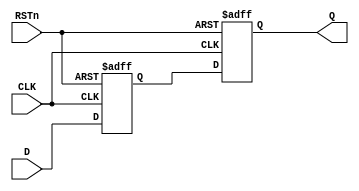
//
module sync2FF#(
	parameter DATAWIDTH = 8
)
(
	input 						    CLK,
	input 						    RSTn,
	input      						D,
	output reg  					Q
);

reg  Q1;

always @(posedge CLK or negedge RSTn) begin
	if (!RSTn) begin
		// reset
		Q  <= 0;
		Q1 <= 0;
	end
	else begin
		Q1 <= D;
		Q  <= Q1;
	end
end

endmodule